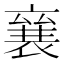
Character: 𮖠